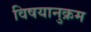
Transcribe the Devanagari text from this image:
विषयानुक्रम